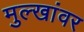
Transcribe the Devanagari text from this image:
मुल्खांवर